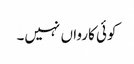
کوئی کارواں نہیں۔